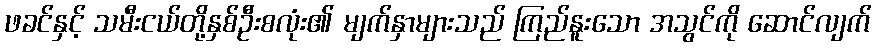
ဖခင်နှင့် သမီးငယ်တို့နှစ်ဦးစလုံး၏ မျက်နှာများသည် ကြည်နူးသော အသွင်ကို ဆောင်လျက်